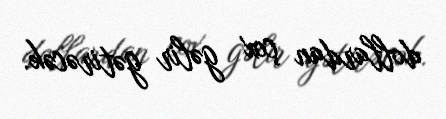
dollardan çox gəlir gətirəcək.